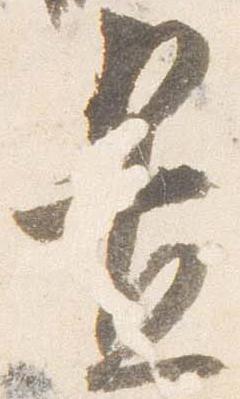
置